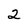
Character: 2